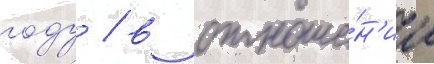
году / в отноше́н'ии